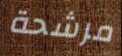
مرشحة